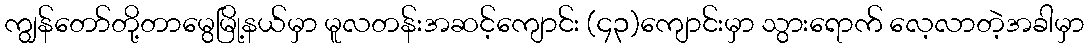
ကျွန်တော်တို့တာမွေမြို့နယ်မှာ မူလတန်းအဆင့်ကျောင်း (၄၃)ကျောင်းမှာ သွားရောက် လေ့လာတဲ့အခါမှာ